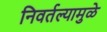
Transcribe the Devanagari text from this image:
निवर्तल्यामुळे